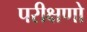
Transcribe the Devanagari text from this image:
परीक्षणो